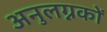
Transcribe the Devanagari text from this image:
अनुलग्नकों